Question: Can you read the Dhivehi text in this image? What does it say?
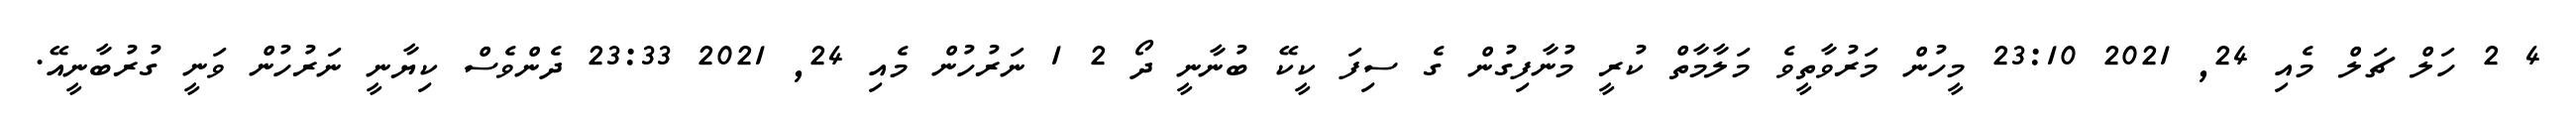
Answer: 4 2 ހަލް ޗަލް މެއި 24, 2021 23:10 މީހުން މަރުވާތީވެ މަލާމާތް ކުރީ މުނާފިގުން ގެ ސިފަ ކީކޭ ބުނާނީ ދޯ 2 1 ނަރުހުން މެއި 24, 2021 23:33 ދެންވެސް ކިޔާނީ ނަރުހުން ވަނީ ގުރުބާނީއޭ.